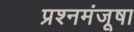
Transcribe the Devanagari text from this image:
प्रश्नमंजूषा